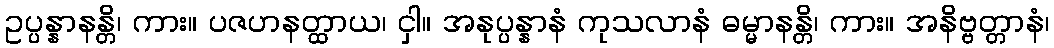
ဥပ္ပန္နာနန္တိ၊ ကား။ ပဇဟနတ္ထာယ၊ ငှါ။ အနုပ္ပန္နာနံ ကုသလာနံ ဓမ္မာနန္တိ၊ ကား။ အနိဗ္ဗတ္တာနံ၊